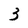
Character: 3